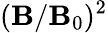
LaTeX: (\mathbf{B}/\mathbf{B}_{0})^{2}